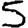
Digit: 5